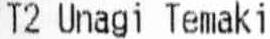
T2 UNAGI TEMAKI